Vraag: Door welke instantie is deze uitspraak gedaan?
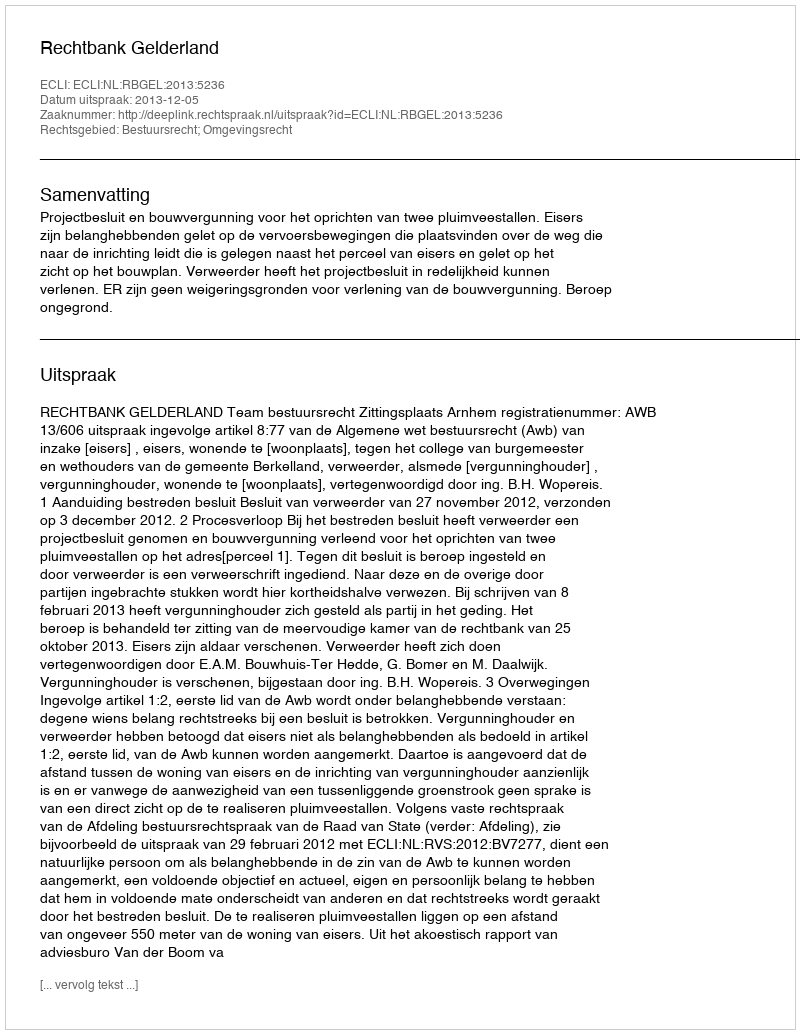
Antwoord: Rechtbank Gelderland